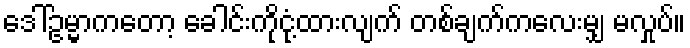
ဒေါ်ဥမ္မာကတော့ ခေါင်းကိုငုံ့ထားလျက် တစ်ချက်ကလေးမျှ မလှုပ်။